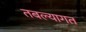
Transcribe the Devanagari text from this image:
तबल्यागत